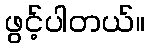
ဖွင့်ပါတယ်။